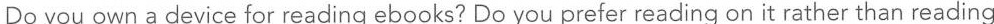
Do you own a device for reading ebooks? Do you prefer reading on it rather than reading